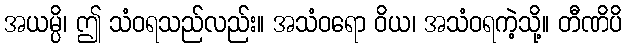
အယမ္ပိ၊ ဤ သံဝရသည်လည်း။ အသံဝရော ဝိယ၊ အသံဝရကဲ့သို့။ တီဏိပိ